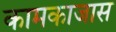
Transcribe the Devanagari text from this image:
कामकाजास